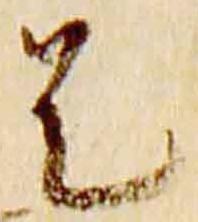
是